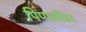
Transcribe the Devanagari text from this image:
पिप्पलीवन